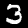
Digit: 3